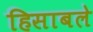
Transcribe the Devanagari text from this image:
हिसाबले